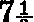
7½